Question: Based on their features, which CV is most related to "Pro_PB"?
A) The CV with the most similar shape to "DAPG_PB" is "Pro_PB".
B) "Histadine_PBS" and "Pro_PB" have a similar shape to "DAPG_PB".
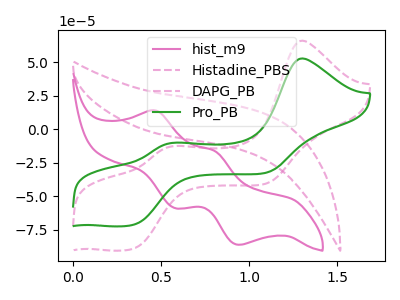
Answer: <think>The pink curve "hist_m9" has anodic peaks at (0.45V, 14.10uA) (0.80V, -15.95uA) and cathodic peaks at (0.60V, -58.65uA) (0.95V, -86.05uA). The pink dashed curve "Histadine_PBS" has no peaks. The pink dashed curve "DAPG_PB" has anodic peaks at (1.30V, 66.25uA) (0.55V, -12.40uA) and cathodic peaks at (0.35V, -88.70uA) (1.10V, -40.25uA). The green curve "Pro_PB" has anodic peaks at (1.30V, 53.00uA) (0.55V, -9.95uA) and cathodic peaks at (0.35V, -70.95uA) (1.10V, -32.15uA).
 "hist_m9" and "Histadine_PBS" have a different number of peaks. "hist_m9" and "DAPG_PB" have at least one peak that do not match. "hist_m9" and "Pro_PB" have at least one peak that do not match. "Histadine_PBS" and "DAPG_PB" have a different number of peaks. "Histadine_PBS" and "Pro_PB" have a different number of peaks. All the peaks in "DAPG_PB" have a peak in "Pro_PB" at the same potential.</think>
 <answer>A) The CV with the most similar shape to "DAPG_PB" is "Pro_PB".</answer>
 <eval>A</eval>